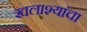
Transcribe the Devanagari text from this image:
खलाश्यांचा